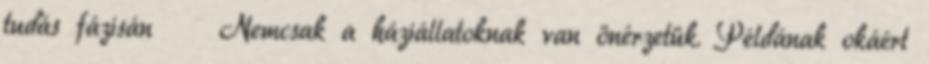
tudás fázisán Nemcsak a háziállatoknak van önérzetük. Példának okáért